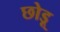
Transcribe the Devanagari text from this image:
छोड़ू